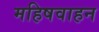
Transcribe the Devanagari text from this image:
महिषवाहन